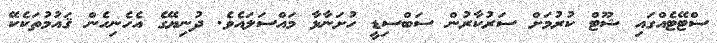
ސްޓޭޓެއްގައި ޝޫޓް ކުރުމަށް ސަރުކާރުން ސަބްސިޑީ ހުށަނާޅާ މައްސަލައެވެ. ދުނިޔޭގެ އެހެނިހެން ޤައުމުތަކެކޭ